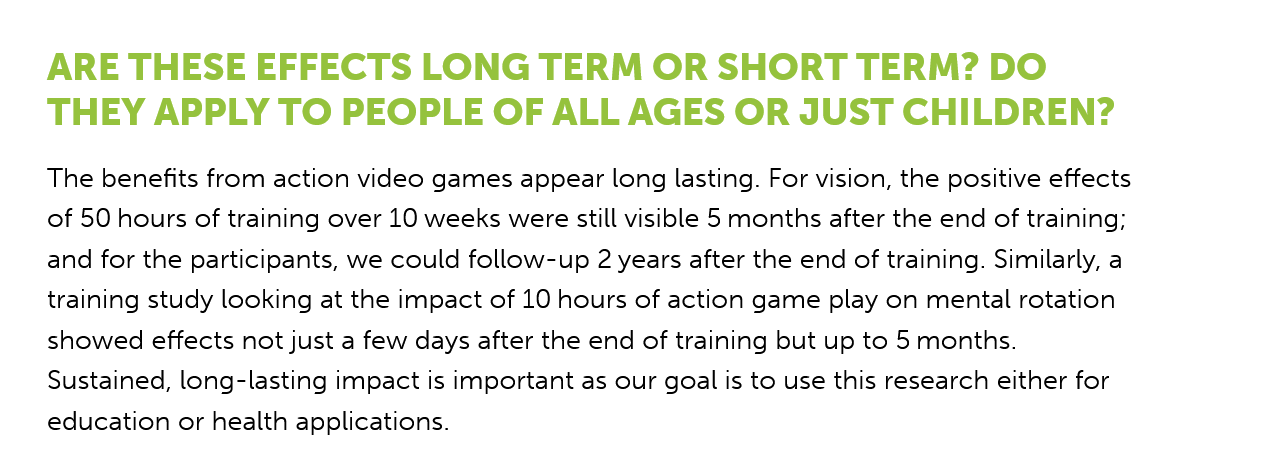
ARE   THESE    EFFECTS    LONG    TERM    OR   SHORT   TERM?    DO
    THEY    APPLY   TO   PEOPLE   OF    ALL   AGES   OR   JUST   CHILDREN?
    The benefits from action video games appear long lasting. For vision, the positive effects
    of 50 hours of training over 10 weeks were still visible 5 months after the end of training;
    and for the participants, we could follow-up 2 years after the end of training. Similarly, a
    training study looking at the impact of 10 hours of action game play on mental rotation
    showed effects not just a few days after the end of training but up to 5 months.
    Sustained, long-lasting impact is important as our goal is to use this research either for
    education or health applications.